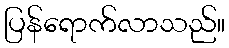
ပြန်ရောက်လာသည်။